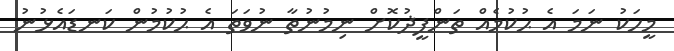
މީހަކު ނަމަ އެ ޙުކުމެއް ތަންފީޛުކޮށް ނިމުނުތާ ނުވަތަ އެ ޙުކުމުން ކަނޑައެޅުނު